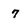
Character: 7